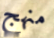
منهج